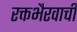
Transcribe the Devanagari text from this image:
रक्तभैरवाची